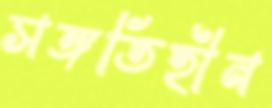
সঙ্গতিহীন